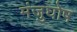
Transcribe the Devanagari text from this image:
मंजुघोष